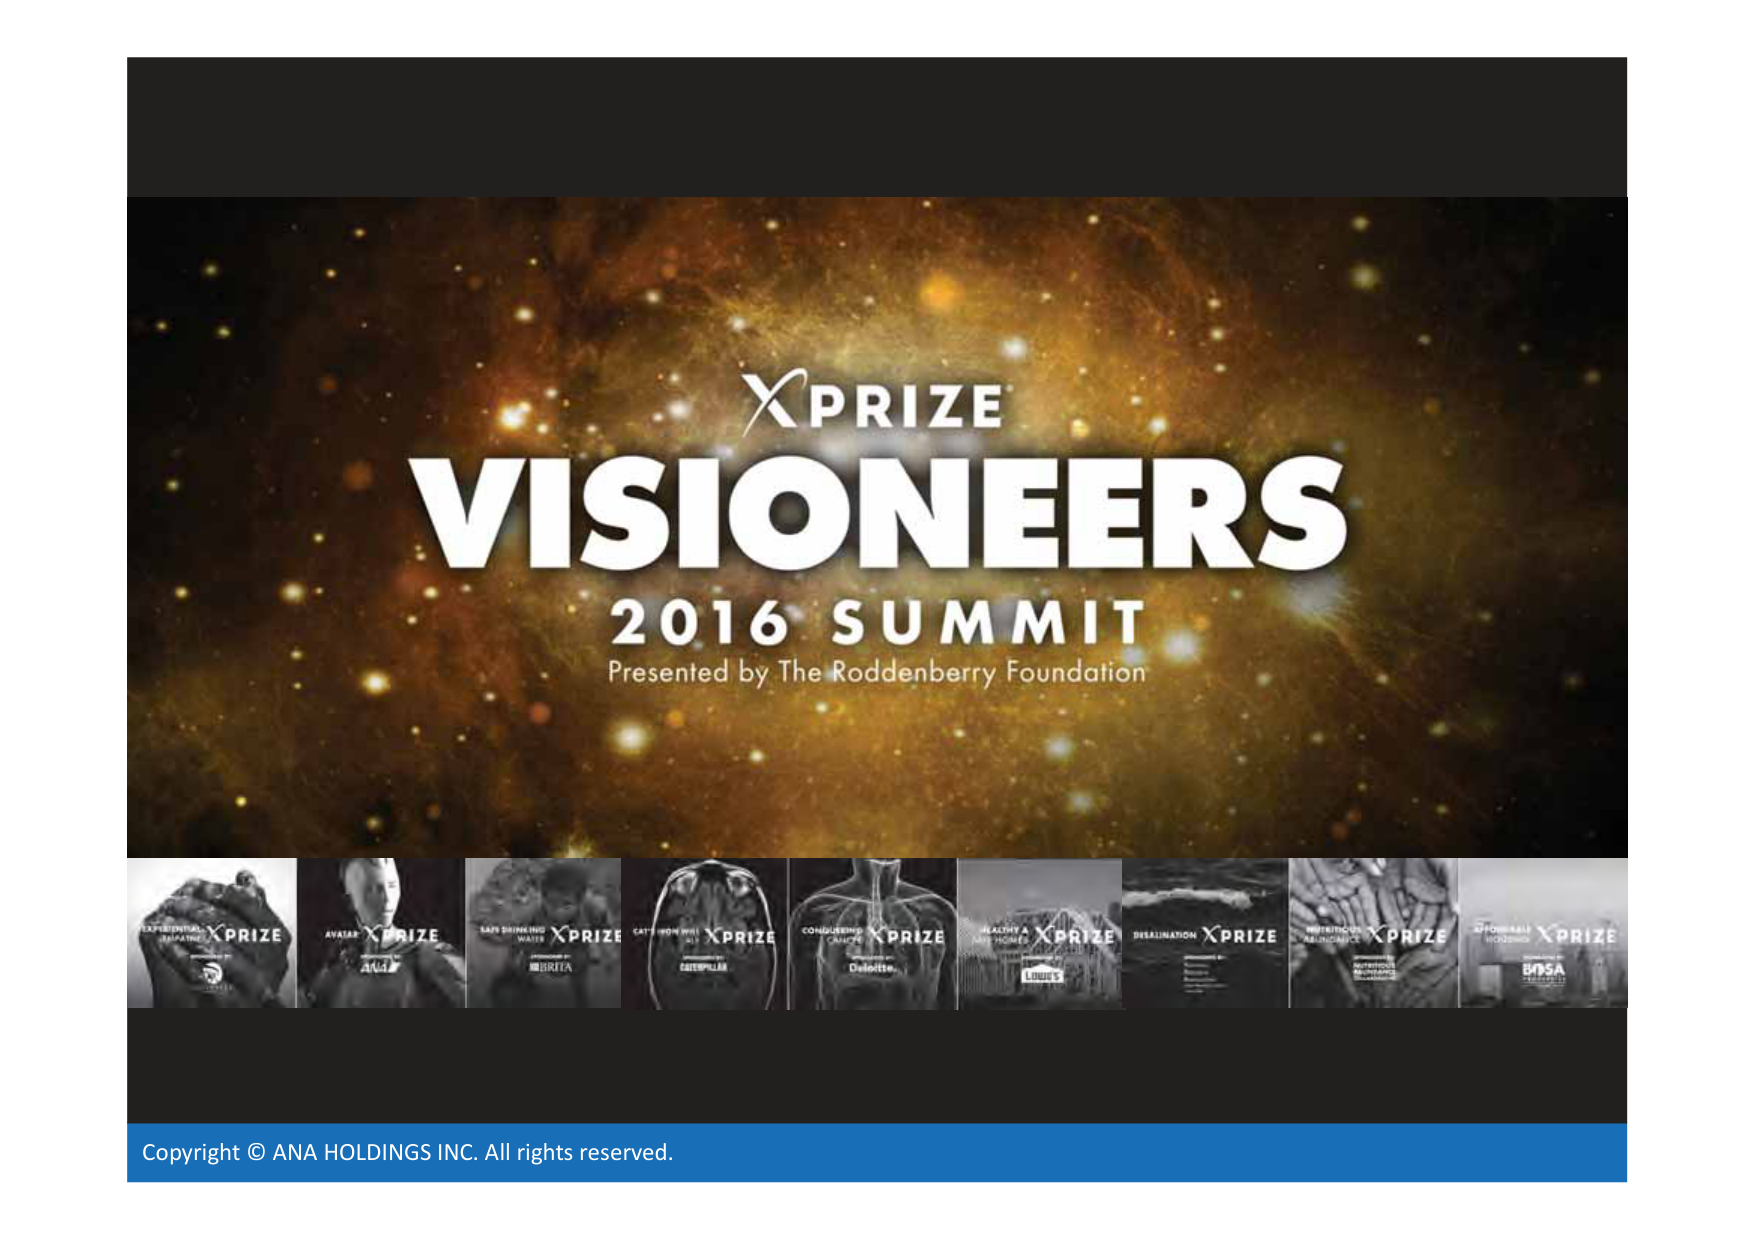
XPRIZE
VISIONEERS
2016 SUMMIT
Presented by The Roddenberry Foundation

EXPERIMENTAL GRAPHENE XPRIZE
AVATAR XPRIZE
SAFE DRINKING WATER XPRIZE
CATERPILLAR XPRIZE
CONQUERING CANCER XPRIZE
HEALTHY & SAFE HOMES XPRIZE
DESALINATION XPRIZE
NUTRITIOUS ABUNDANCE XPRIZE
AFFORDABLE HOUSING XPRIZE

Copyright © ANA HOLDINGS INC. All rights reserved.